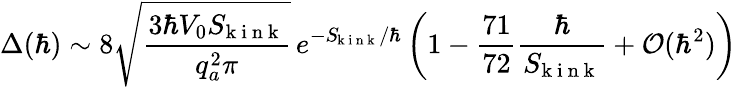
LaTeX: \Delta(\hbar)\sim 8\sqrt{\frac{3\hbar V_{0}S_{\! \mathrm{~k~i~n~k~}}}{q_{a}^{2}\pi}}\, e^{-S_{\! \mathrm{~k~i~n~k~}}/\hbar}\left(1-\frac{71}{72}\frac{\hbar}{S_{\! \mathrm{~k~i~n~k~}}}+\mathcal{O}(\hbar^{2})\right)